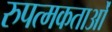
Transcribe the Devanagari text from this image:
रुपत्मकताओं